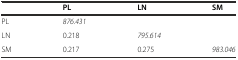
|  | PL | LN | SM |
 | --- | --- | --- | --- |
 | PL | 876.431 |  |  |
 | LN | 0.218 | 795.614 |  |
 | SM | 0.217 | 0.275 | 983.046 |